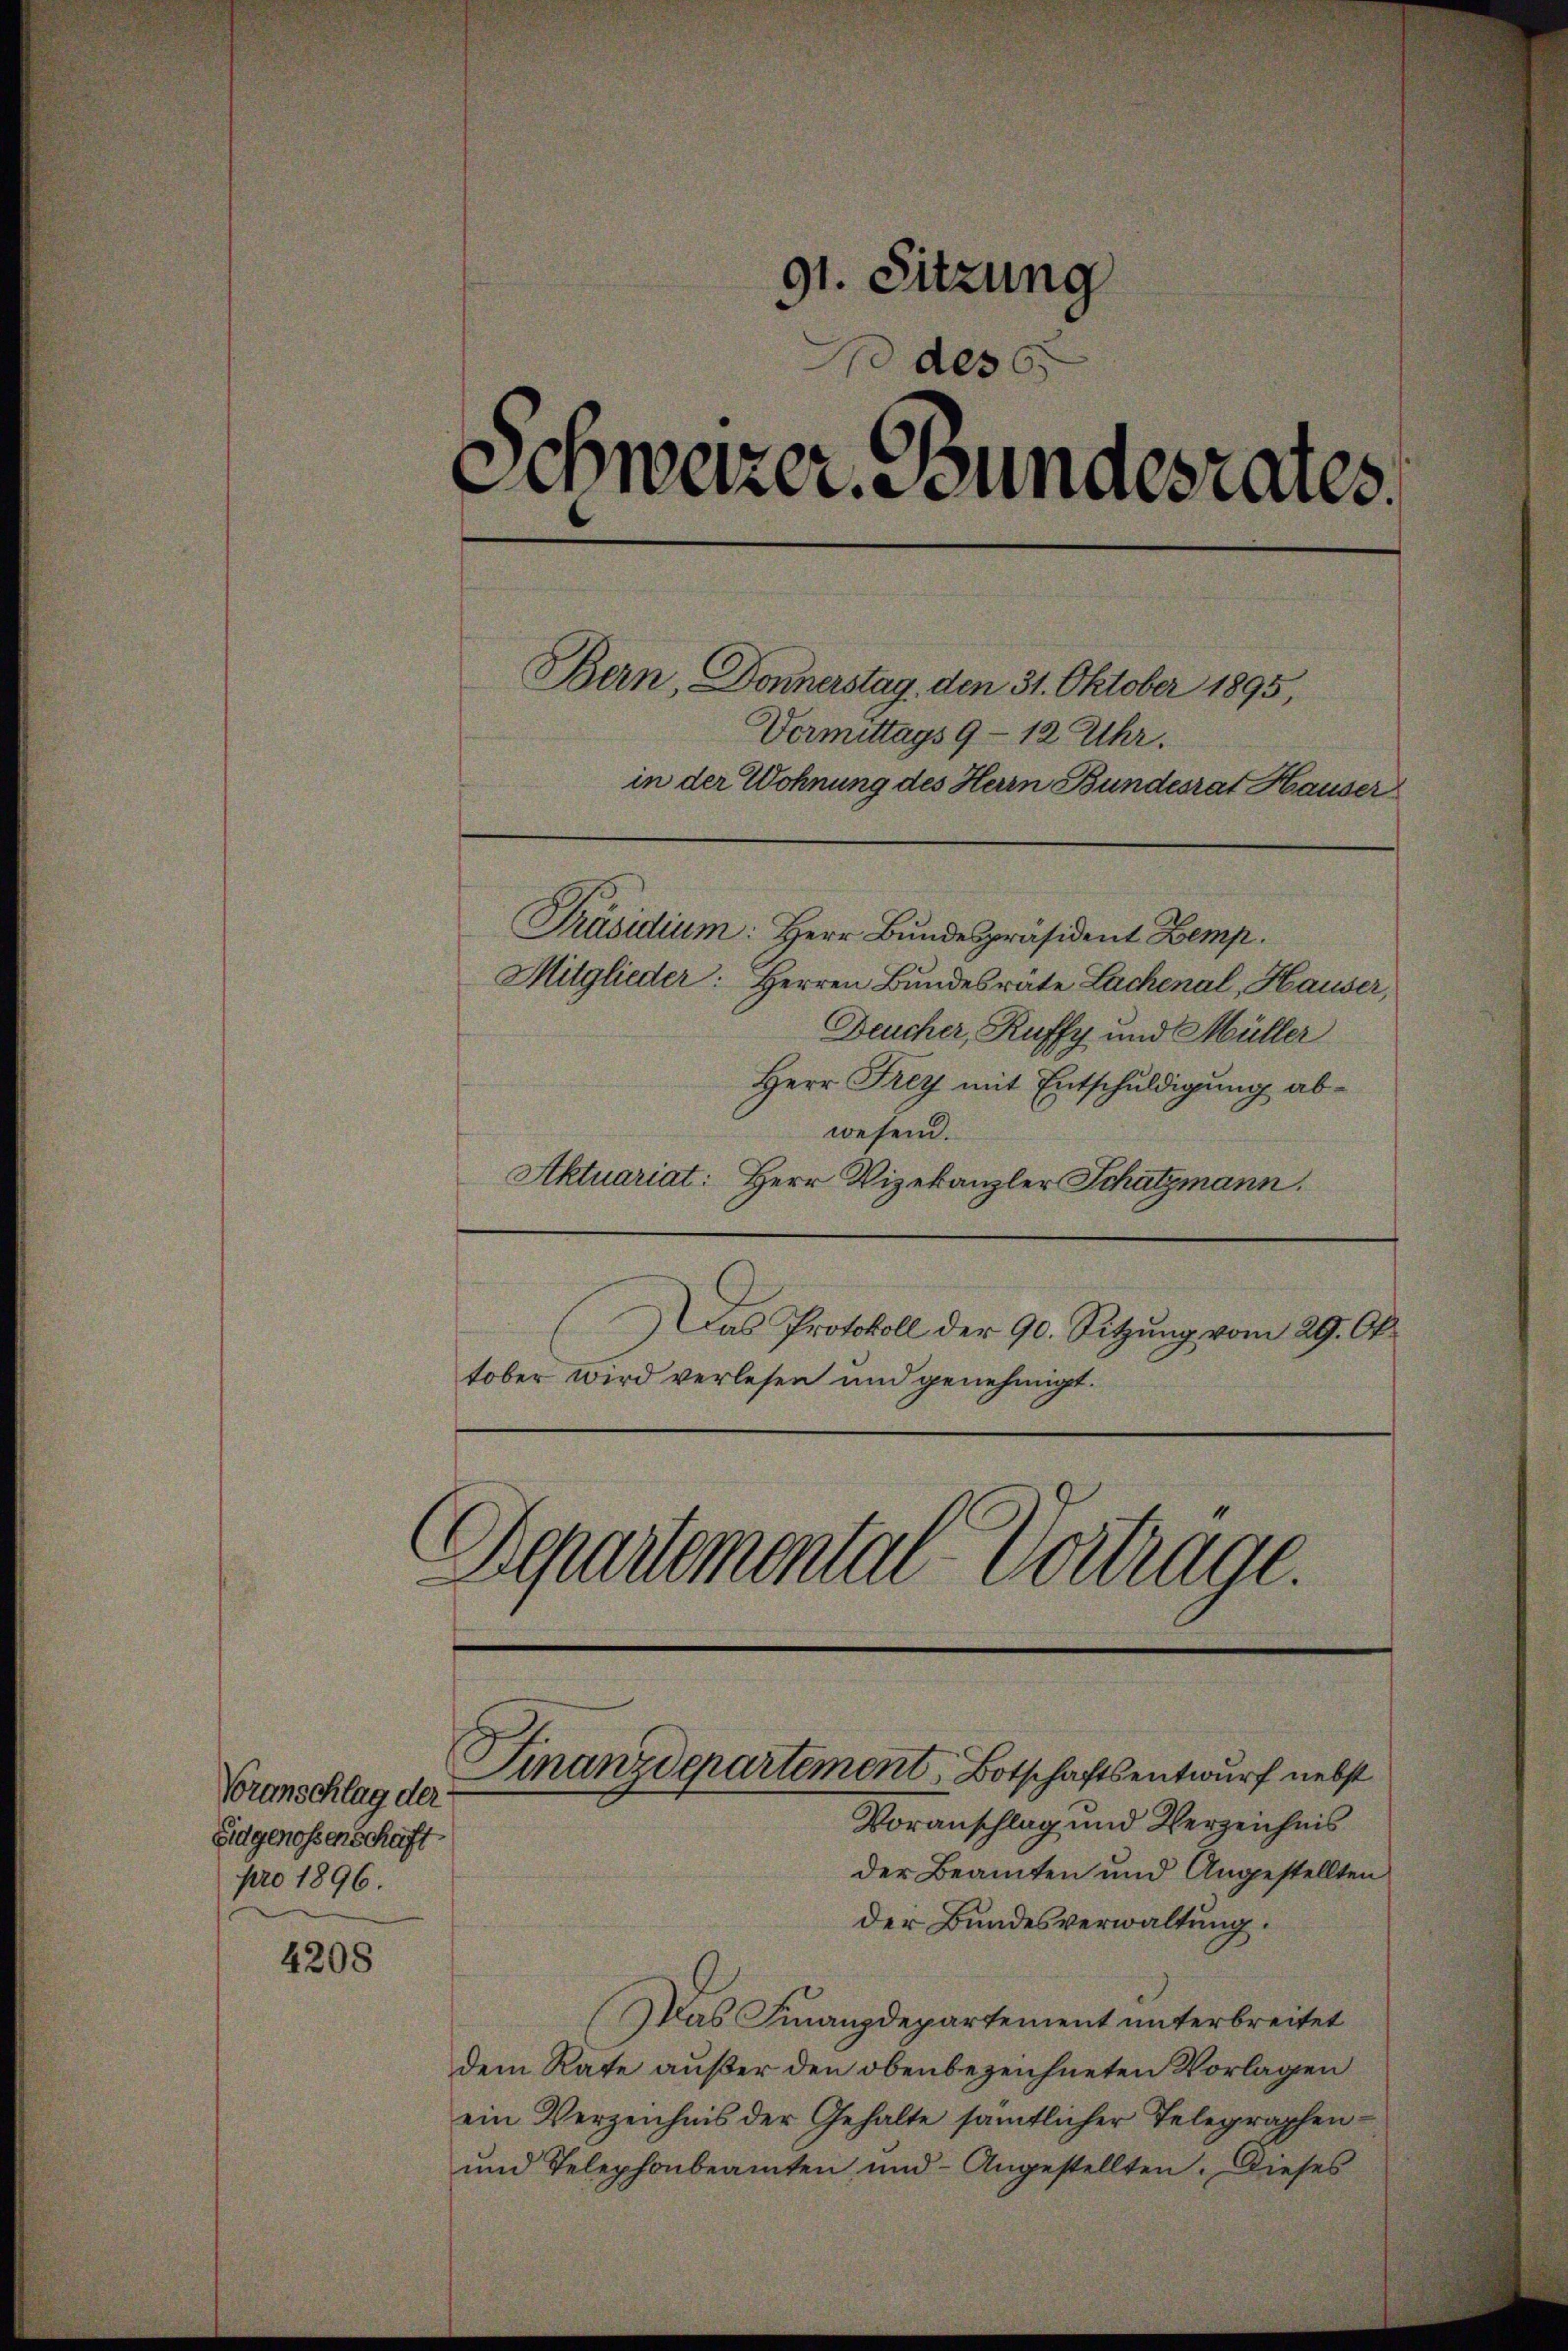
4208

Voranschlag der
Eidgenossenschaft
pro 1896.

91. Sitzung
 des
Schweizer Bundesrates.
Bern, Donnerstag, den 31. Oktober 1895,
Vermittags 9 - 12 Uhr.
in der Wohnung des Herrn Bundesrat Hauser

Präsidium: Herr Bundespräsident Kemp
Mitglieder: Herren Bundesrate Lachenal, Hauser,
Deucher, Ruffy und Müller
Herr Frey mit Entschuldigung abwesend.
Aktuariat: Herr Vizekanzler Schatzmann.
.
Das Protokoll der 90. Sitzung vom 29. Oktober wird verlesen und genehmigt.
Departemental Vertrage

Finanzdepartement Botschaftsentwurf nebst
Voranschlag und Verzeichnis

der Beamten und Angestellten
der Bundesverwaltung.
Das Finanzdepartement unterbreitet
dem Rate außer den obenbezeichneten Vorlagen
ein Verzeichnis der Gehalte sämtlicher Telegraphen-
und Telephonbeamten und Angestellten. Dieses